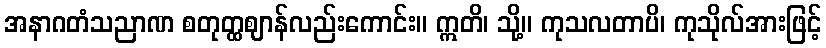
အနာဂတံသညာဏ စတုတ္ထဈာန်လည်းကောင်း။ ဣတိ၊ သို့။ ကုသလတာပိ၊ ကုသိုလ်အားဖြင့်